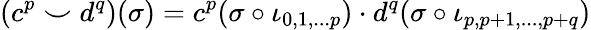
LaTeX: (c^{p}\smile d^{q})(\sigma)=c^{p}(\sigma\circ\iota_{0,1,...p})\cdot d^{q}(\sigma\circ\iota_{p,p+1,...,p+q})